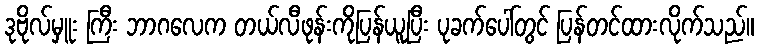
ဒုဗိုလ်မှူး ကြီး ဘာဂလေက တယ်လီဖုန်းကိုပြန်ယူပြီး ပုခက်ပေါ်တွင် ပြန်တင်ထားလိုက်သည်။